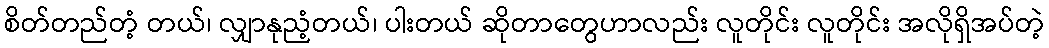
စိတ်တည်တံ့ တယ်၊ လျှာနုညံ့တယ်၊ ပါးတယ် ဆိုတာတွေဟာလည်း လူတိုင်း လူတိုင်း အလိုရှိအပ်တဲ့